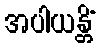
အပါယန္တိံ